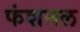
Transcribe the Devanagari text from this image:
फंशनल